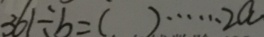
3 6 1 \div b = ( ) \cdots 2 a